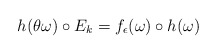
\begin{align*}h (\theta \omega) \circ E_k = f_\epsilon (\omega ) \circ h(\omega) \end{align*}